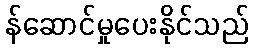
န်ဆောင်မှုပေးနိုင်သည်